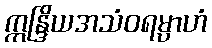
ဣန္ဒြိယအသံဝရမ္ပာဟံ